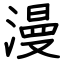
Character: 漫